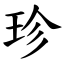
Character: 珍